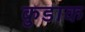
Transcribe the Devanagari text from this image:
कुडाक